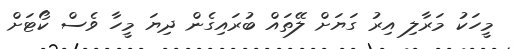
މީހަކު މަރާލި އިރު ގަޔަށް ލޭތައް ބުރައިގެން ދިޔަ މީހާ ވެސް ކޯޓަށް